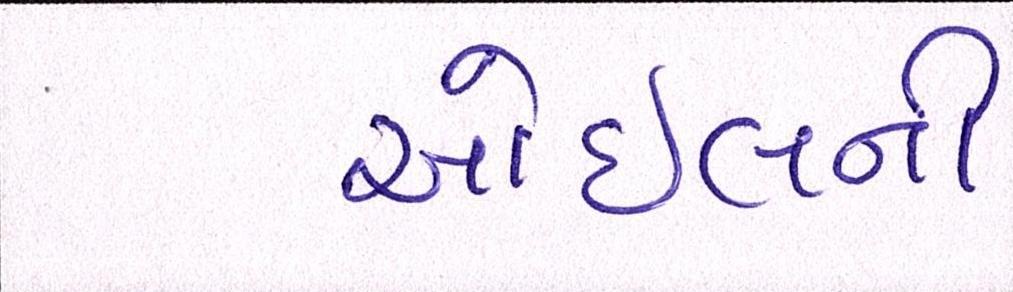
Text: ઓઈલની